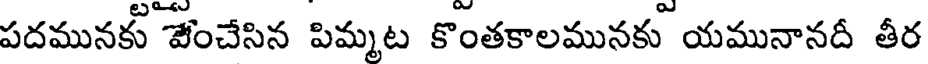
పదమునకు వేంచేసిన పిమ్మట కొంతకాలమునకు యమునానదీ తీర